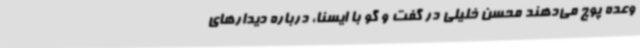
وعده پوچ می‌دهند محسن خلیلی در گفت و گو با ایسنا، درباره دیدارهای